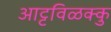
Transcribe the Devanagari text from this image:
आट्टविळक्कु